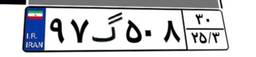
۹۷گ۵۰۸۳۰